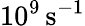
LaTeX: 10^{9}\, \mathrm{s^{-1}}